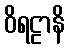
ဝိရဠာနိ